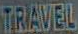
TRAVEL